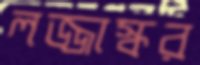
লজ্জাস্কর